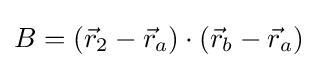
B=({\vec {r}}_{2}-{\vec {r}}_{a})\cdot ({\vec {r}}_{b}-{\vec {r}}_{a})